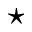
\star